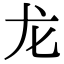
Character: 龙